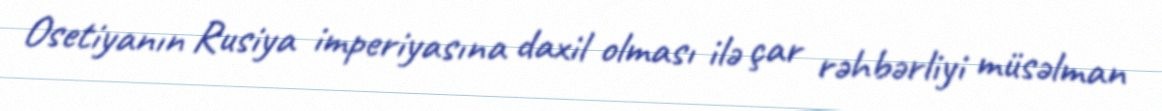
Osetiyanın Rusiya imperiyasına daxil olması ilə çar rəhbərliyi müsəlman